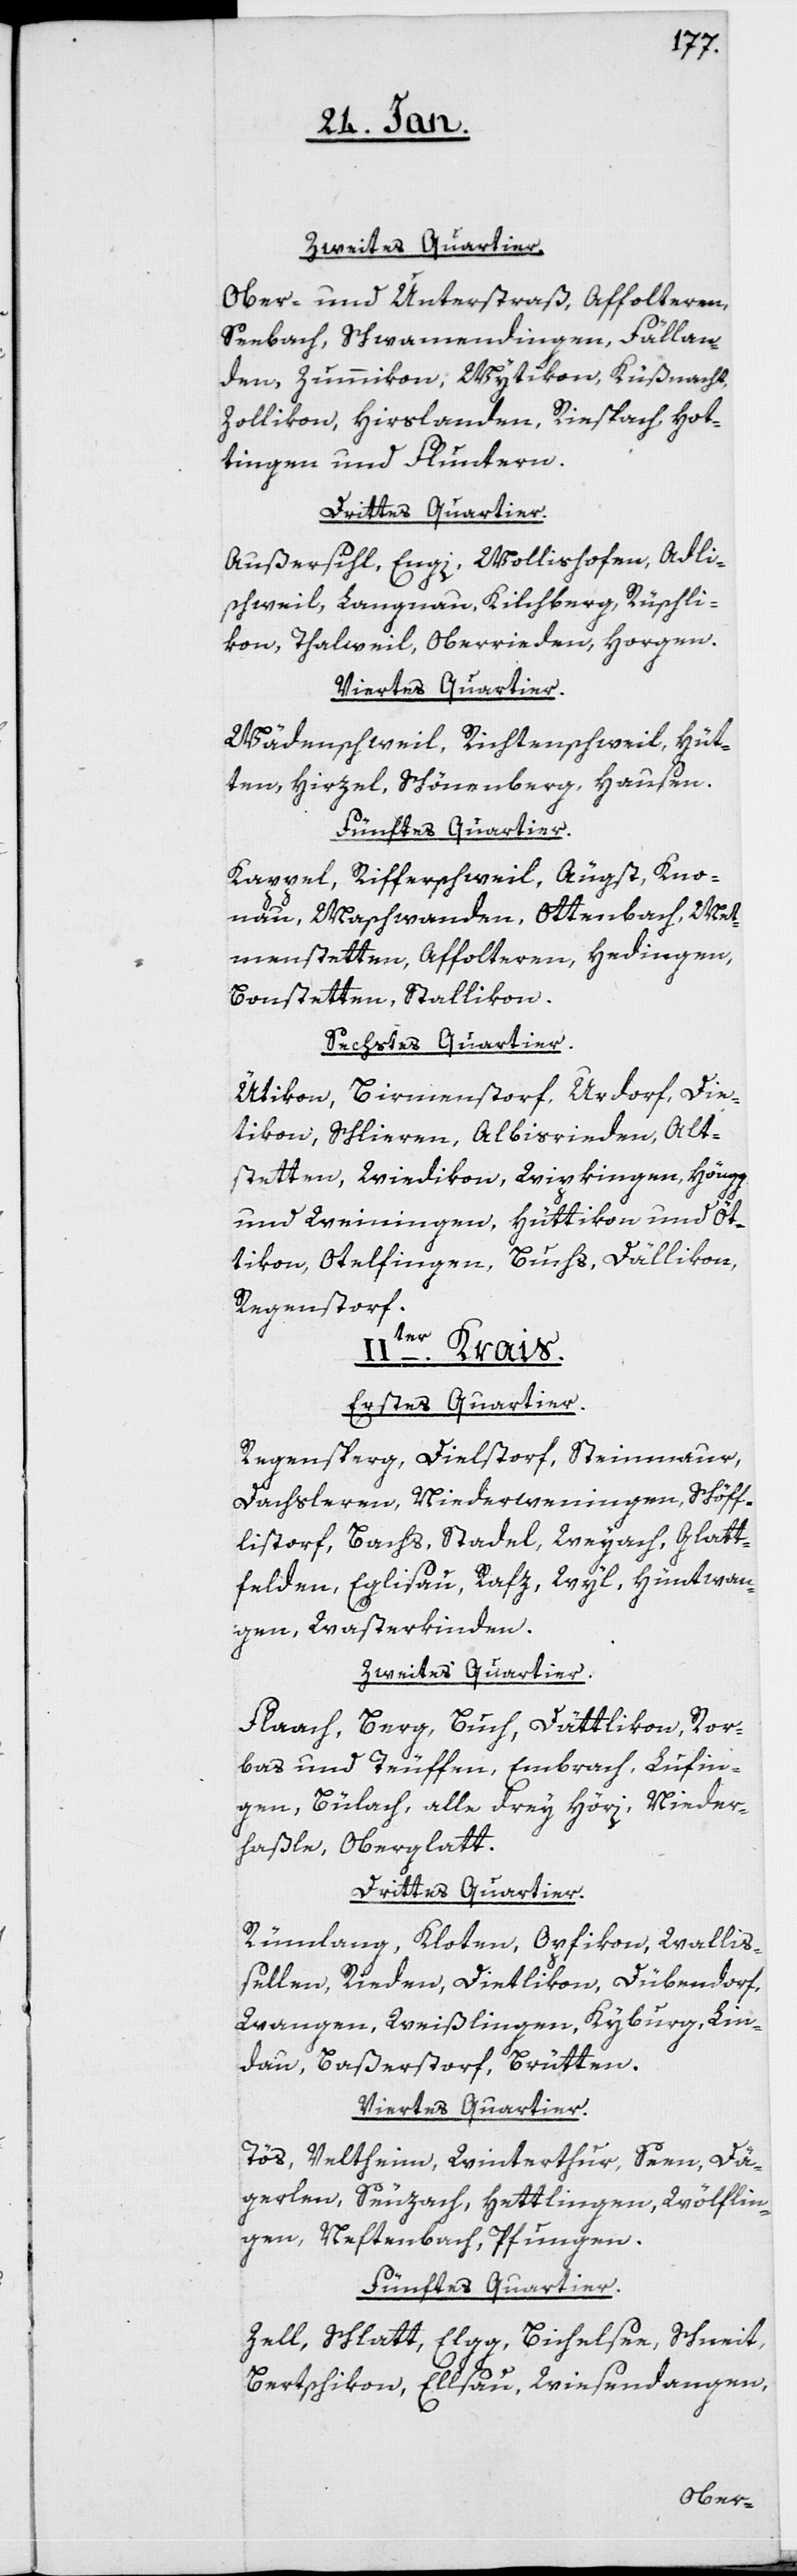
Ober- und Unterstraß, Affolteren,
Seebach, Schwamendingen, Fällan¬
den, Zumikon, Wytikon, Küßnacht,
Zollikon, Hirslanden, Riespach, Hot¬
tingen und Fluntern.
Drittes Quartier.
Außersihl, Engi, Wollishofen, Adli¬
schweil, Langnau, Kilchberg, Rüschli¬
kon, Thalweil, Oberrieden, Horgen.
Viertes Quartier.
Wädenschweil, Richtenschweil, Hüt¬
ten, Hirzel, Schönenberg, Hausen.
Fünftes Quartier.
Kappel, Rifferschweil, Aeugst, Kno¬
nau, Maschwanden, Ottenbach, Mett¬
menstetten, Affolteren, Hedingen,
Bonstetten, Stallikon.
Sechstes Quartier.
Ütikon, Birmenstorf, Urdorf, Die¬
tikon, Schlieren, Albisrieden, Alt¬
stetten, Wiedikon, Wipkingen, Höngg
und Weiningen, Hüttikon und Öt¬
tikon, Otelfingen, Buchs, Dällikon,
Regenstorf.
IIter. Krais.
Erstes Quartier.
Regensperg, Dielstorf, Steinmaur,
Dachsleren, Niederweningen, Schöff¬
listorf, Bachs, Stadel, Weyach, Glatt¬
felden, Eglisau, Rafz, Wyl, Hüntwan¬
gen, Wasterkinden.
Zweites Quartier.
Flaach, Berg, Buch, Dättlikon, Ror¬
bas und Teuffen, Embrach, Lufin¬
gen, Bülach, alle drey Höri, Nieder¬
hasle, Oberglatt.
Drittes Quartier.
Rümlang, Kloten, Opfikon, Walli¬
sellen, Rieden, Dietlikon, Dübendorf,
Wangen, Weißlingen, Kyburg, Lin¬
dau, Baßerstorf, Brütten.
Viertes Quartier.
Tös, Veltheim, Winterthur, Seen, Dä¬
gerlen, Seuzach, Hettlingen, Wölflin¬
gen, Neftenbach, Pfungen.
Fünftes Quartier.
Zell, Schlatt, Elgg, Bichelsee, Schneit,
Bertschikon, Elsau, Wiesendangen,